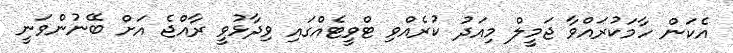
އެކަން ހާމަކުރައްވާ ޖަމީލް މިއަދު ކުރެއްވި ޓްވީޓެއްގައި ވިދާޅުވީ ރާއްޖެ އަށް ބޭނުންވަނީ